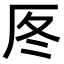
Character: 𠩁